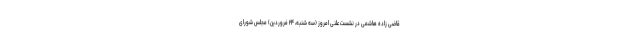
قاضی زاده هاشمی در نشست علنی امروز (سه شنبه، ۲۴ فروردین) مجلس شورای